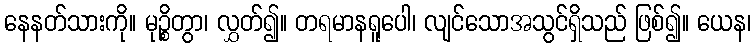
နေနတ်သားကို။ မုဉ္စိတွာ၊ လွှတ်၍။ တရမာနရူပေါ၊ လျင်သောအသွင်ရှိသည် ဖြစ်၍။ ယေန၊